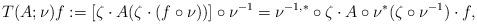
LaTeX: \begin{align*} T(A;\nu)f&:=[\zeta\cdot A(\zeta\cdot(f\circ\nu))]\circ\nu^{-1} =\nu^{-1,*}\circ\zeta\cdot A\circ\nu^*(\zeta\circ\nu^{-1})\cdot f,\end{align*}